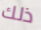
ذلك